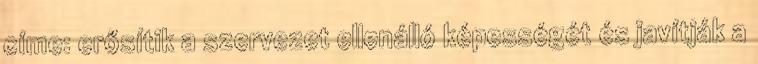
címe: erősítik a szervezet ellenálló képességét és javítják a